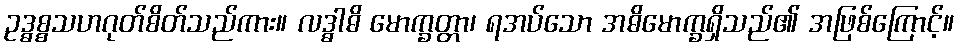
ဥဒ္ဓစ္စသဟဂုတ်စိတ်သည်ကား။ လဒ္ဓါဓိ မောက္ခတ္တာ၊ ရအပ်သော အဓိမောက္ခရှိသည်၏ အဖြစ်ကြောင့်။